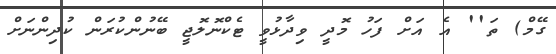
ގޭމް) ތަ'' އެ އަށް ފަހު މޮދީ ވިދާޅުވީ ޓެކްނޮލޮޖީ ބޭނުންކުރަން ކުދިންނަށް